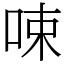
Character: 𠲿